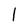
Character: l